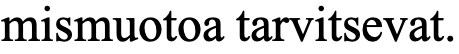
mismuotoa tarvitsevat.